Annual administration report of the Civil Veterinary Department of India - 1894-1895
Year: 1894
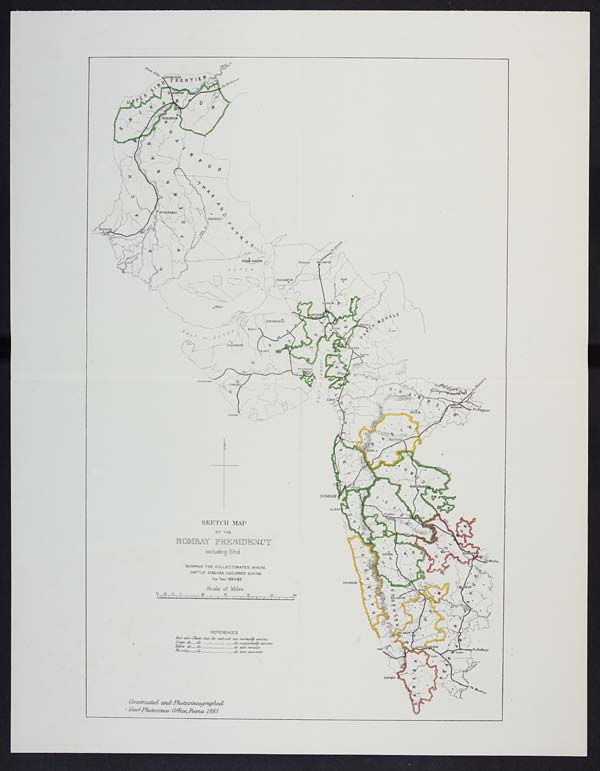
SKETCH MAP
OF THE
BOMBAY PRESEDENCY
including Sind
SHOWING THE COLLECTORATES WHERE.
CATTLE DISE-ASE OCCURRED DURING
the Year I894--95